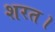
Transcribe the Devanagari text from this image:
शरत।